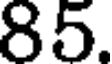
85.